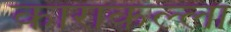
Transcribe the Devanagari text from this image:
काराकल्ला